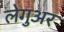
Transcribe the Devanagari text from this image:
लेगुअर